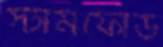
স্টামফোর্ড